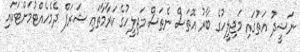
ނަޝީދު އަތުގައި މަޖިލީހުގެ ބާރު އޮތަސް ނެތަސް މަޖިލީހުގެ ކަރާމާތަޢި ޝަރަފް ދެމެހެއްޓުމަށްޓަކައި